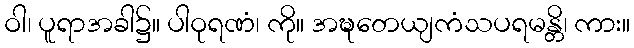
ဝါ၊ ပူရာအခါ၌။ ပါဝုရဏံ၊ ကို။ အဍ္ဎတေယျကံသပရမန္တိ၊ ကား။